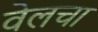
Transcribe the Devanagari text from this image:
वेलचा